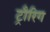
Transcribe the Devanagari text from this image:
ट्रौरिग